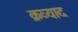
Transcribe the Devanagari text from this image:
क्रव्याद